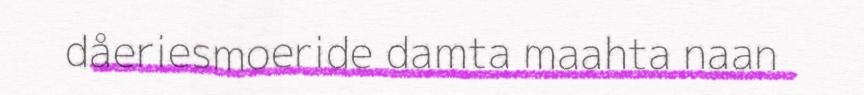
dåeriesmoeride damta maahta naan